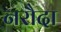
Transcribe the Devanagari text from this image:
नरौदा